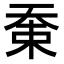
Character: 𡘸